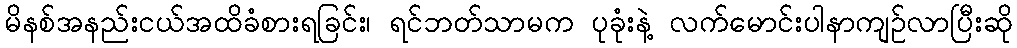
မိနစ်အနည်းငယ်အထိခံစားရခြင်း၊ ရင်ဘတ်သာမက ပုခုံးနဲ့ လက်မောင်းပါနာကျဉ်လာပြီးဆို